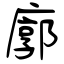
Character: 廓